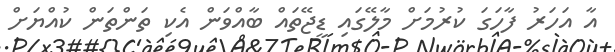
އާ އަހަރު ފާހަގަ ކުރުމަށް މާލޭގައި ޑީޖޭތައް ބާއްވަން އެކި ތަންތަން ކުއްޔަށް